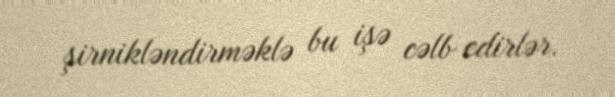
şirnikləndirməklə bu işə cəlb edirlər.